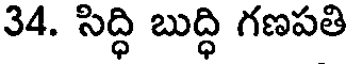
34. సిద్ధి బుద్ధి గణపతి